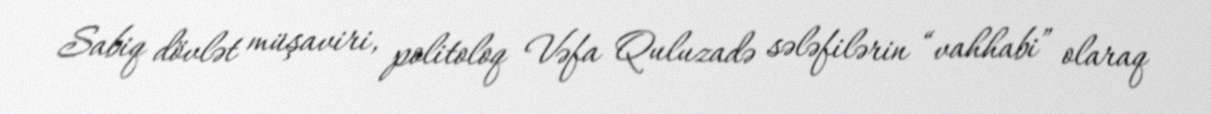
Sabiq dövlət müşaviri, politoloq Vəfa Quluzadə sələfilərin “vahhabi” olaraq